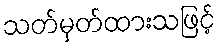
သတ်မှတ်ထားသဖြင့်